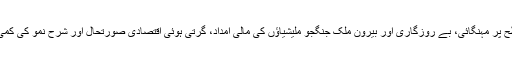
ملک گیر سطح پر مہنگائی، بے روزگاری اور بیرون ملک جنگجو ملیشیاؤں کی مالی امداد، گرتی ہوئی اقتصادی صورتحال اور شرح نمو کی کمی کا سبب بنا۔